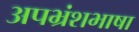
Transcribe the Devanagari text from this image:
अपभ्रंशभाषा